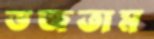
ভজতাম